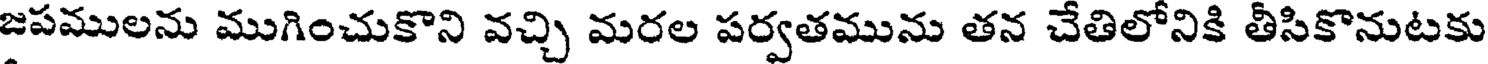
జపములను ముగించుకొని వచ్చి మరల పర్వతమును తన చేతిలోనికి తీసికొనుటకు